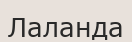
Лаланда